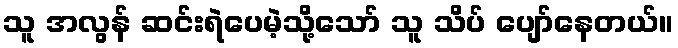
သူ အလွန် ဆင်းရဲပေမဲ့သို့သော် သူ သိပ် ပျော်နေတယ်။